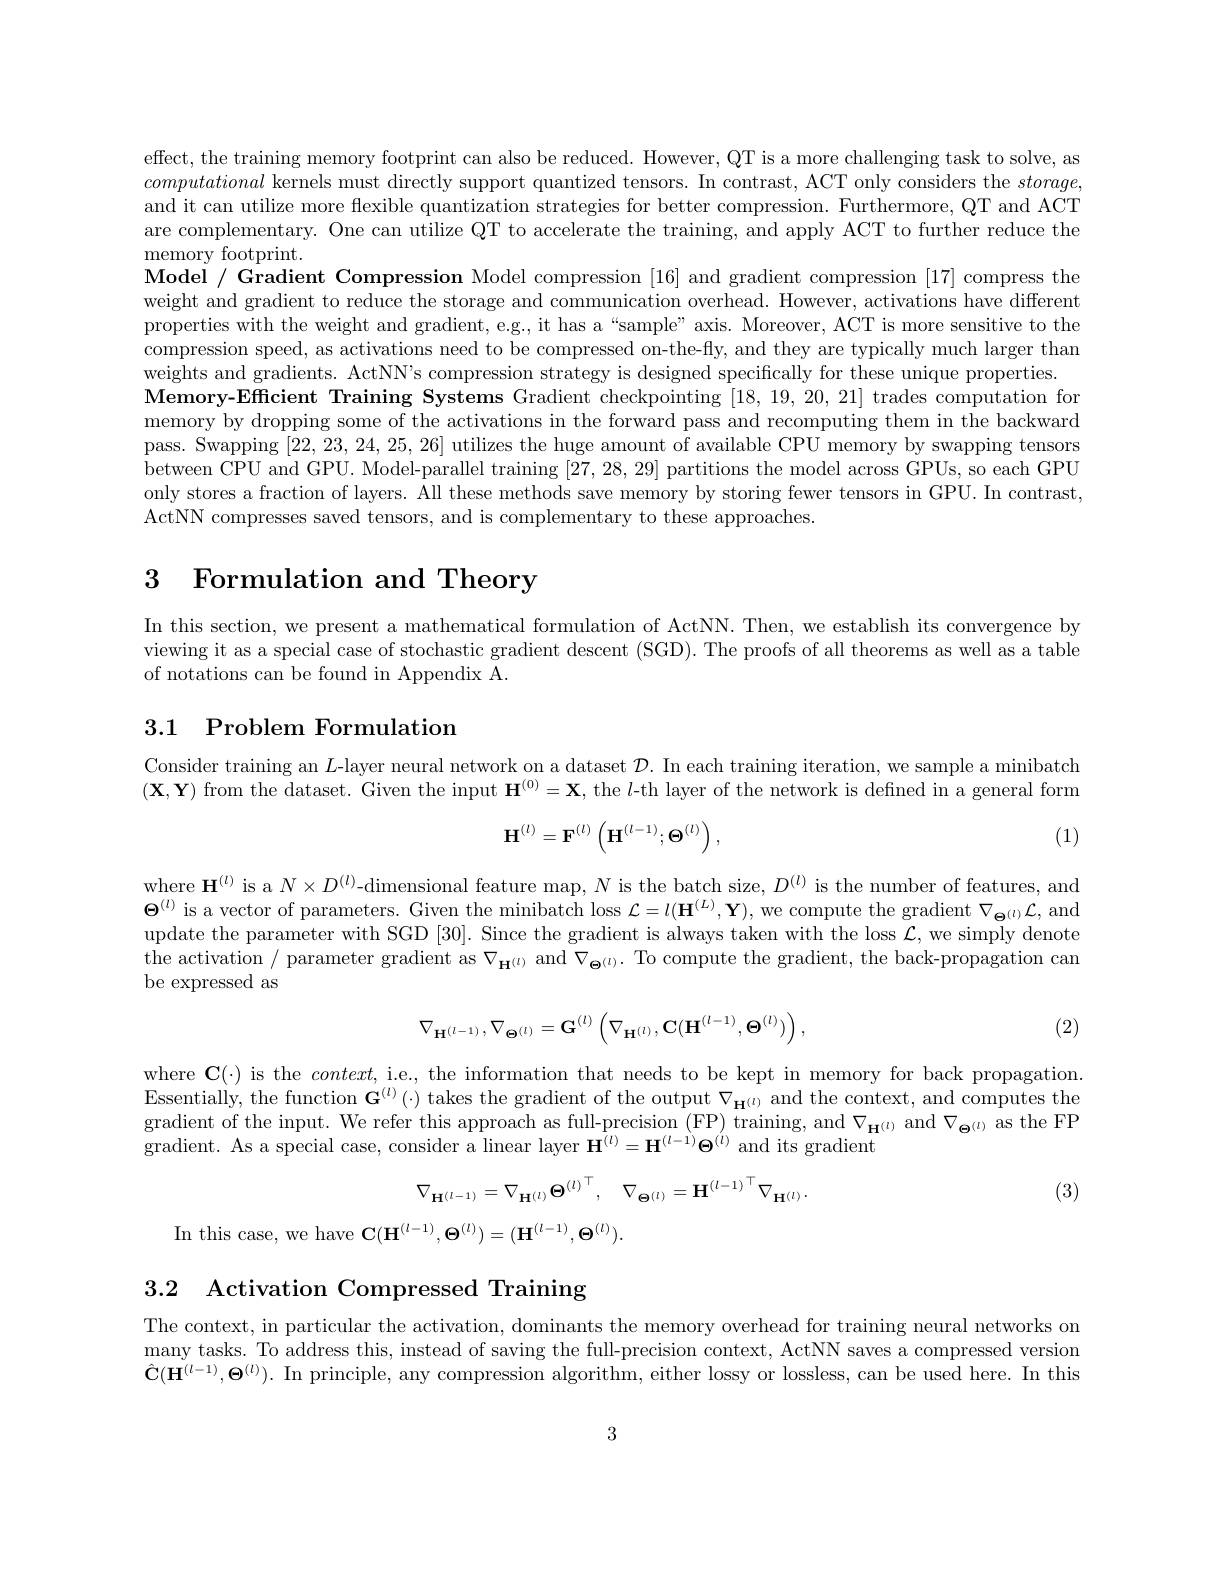
effect, the training memory footprint can also be reduced. However, QT is a more challenging task to solve, as computational kernels must directly support quantized tensors. In contrast, ACT only considers the stornge and it can utilize more flexible quantization strategies for better compression. Furthermore, QT and ACT are complementary. One can utilize QT to accelerate the training, and apply ACT to further reduce the memory footprint.
Model / Gradient Compression Model compression [16] and gradient compression [17] compress the weight and gradient to reduce the storage and communication overhead. However, activations have different properties with the weight and gradient, e.g., it has a “sample” axis. Moreover, ACT is more sensitive to the compression speed, as activations need to be compressed on-the-fly, and they are typically much larger than weights and gradients. ActNN's compression strategy is designed specifically for these unique properties
Memory-Efficient Training Systems Gradient checkpointing [18,19,20,21] trades computation for memory by dropping some of the activations in the forward pass and recomputing them in the backward pass. Swapping [22,23,24,25,26] utilizes the huge amount of available CPU memory by swapping tensors between CPU and GPU. Model-parallel training [27,28,29] partitions the model across GPUs, so each GPU only stores a fraction of layers. All these methods save memory by storing fewer tensors in GPU. In contrast, ActNN compresses saved tensors, and is complementary to these approaches

# 3 Formulation and Theory

In this section, we present a mathematical formulation of ActNN. Then, we establish its convergence by viewing it as a special case of stochastic gradient descent (SGD). The proofs of all theorems as well as a table of notations can be found in Appendix A.

## 3.1 Problem Formulation

Consider training an $L$-layer neural network on a dataset $\mathcal{D}.$ In each training iteration, we sample a minibatch $(\mathbf{X},\mathbf{Y})$ from the dataset. Given the input $\mathbf{H}^(0)=\mathbf{X}$, the $l$-th layer of the network is defined in a general form
$$\mathbf H^{(l)}=\mathbf F^{(l)}\left(\mathbf H^{(l-1)};\mathbf\Theta^{(l)}\right),$$
(1)

where $\mathbf{H}^{(l)}$ is a $N\times D^(l)$-dimensional feature map, $N$ is the batch size, $D^(l)$ is the number of features, and $\Theta^{(l)}$ is a vector of parameters. Given the minibatch loss $\mathcal{L}=l(\mathbf{H}^{(L)},\mathbf{Y})$, we compute the gradient $\nabla_\mathbf{\Theta}^{(l)}\mathcal{L}$,and update the parameter with SGD [30]. Since the gradient is always taken with the loss $\mathcal{L}$, we simply denote the activation / parameter gradient as $\nabla_{\mathbf{H}^{(l)}}$ and $\nabla_{\mathbf{\Theta}^{(l)}}.$ To compute the gradient, the back-propagation can be expressed as

(2)
$$\nabla_{\mathbf{H}^{(l-1)}},\nabla_{\mathbf{\Theta}^{(l)}}=\mathbf{G}^{(l)}\left(\nabla_{\mathbf{H}^{(l)}},\mathbf{C}(\mathbf{H}^{(l-1)},\mathbf{\Theta}^{(l)})\right),$$
where $\mathbf{C}(\cdot)$ is the $context$, i.e., the information that needs to be kept in memory for back propagation. Essentially, the function $\mathbf{G}^{(l)}(\cdot)$ takes the gradient of the output $\nabla_{\mathbf{H}^{(l)}}$ and the context, and computes the gradient of the input. We refer this approach as full-precision (FP) training, and $\nabla_{\mathbf{H}^{(l)}}$and $\nabla_{\mathbf{\Theta}^{(l)}}$as the FP $\bar{\text{gradient. As a special case, consider a linear layer }\mathbf{H}^{(l)}}=\mathbf{H}^{(l-1)}\mathbf{\Theta}^{(l)}$ and its gradient

(3)
$$\nabla_{\mathbf{H}^{(l-1)}}=\nabla_{\mathbf{H}^{(l)}}{\Theta^{(l)}}^{\top},\quad\nabla_{\mathbf{\Theta}^{(l)}}=\mathbf{H}^{(l-1)}^{\top}\nabla_{\mathbf{H}^{(l)}}.$$
In this case, we have $\mathbf{C}(\mathbf{H}^{(l-1)},\mathbf{\Theta}^{(l)})=(\mathbf{H}^{(l-1)},\mathbf{\Theta}^{(l)}).$

3.2 Activation Compressed Training

The context, in particular the activation, dominants the memory overhead for training neural networks on many tasks. To address this, instead of saving the full-precision context, ActNN saves a compressed version $\hat{\mathbf{C}}(\dot{\mathbf{H}}^{(l-1)},\boldsymbol{\Theta}^{(l)}).$ In principle, any compression algorithm, either lossy or lossless, can be used here. In this

3